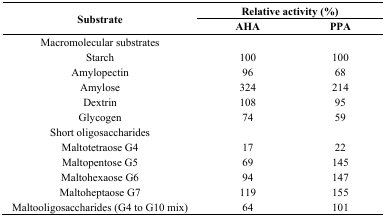
<table><thead><tr><td rowspan="3"><b>Substrate</b></td><td colspan="2"><b>Relative activity (%)</b></td></tr><tr><td><b>AHA</b></td><td><b>PPA</b></td></tr></thead><tbody><tr><td>Macromolecular substrates</td><td></td><td></td></tr><tr><td>Starch</td><td>100</td><td>100</td></tr><tr><td>Amylopectin</td><td>96</td><td>68</td></tr><tr><td>Amylose</td><td>324</td><td>214</td></tr><tr><td>Dextrin</td><td>108</td><td>95</td></tr><tr><td>Glycogen</td><td>74</td><td>59</td></tr><tr><td>Short oligosaccharides</td><td></td><td></td></tr><tr><td>Maltotetraose G4</td><td>17</td><td>22</td></tr><tr><td>Maltopentose G5</td><td>69</td><td>145</td></tr><tr><td>Maltohexaose G6</td><td>94</td><td>147</td></tr><tr><td>Maltoheptaose G7</td><td>119</td><td>155</td></tr><tr><td>Maltooligosaccharides (G4 to G10 mix)</td><td>64</td><td>101</td></tr></tbody></table>